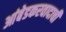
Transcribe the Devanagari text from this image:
आंबेडकरवादाची